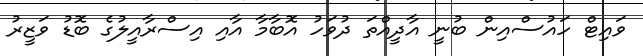
ވައިޓް ހައުސްއިން ބުނީ އާދީއްތަ ދުވަހު އޮބާމާ އާއި އިސްރާއީލުގެ ބޮޑު ވަޒީރު